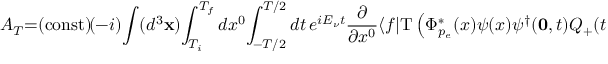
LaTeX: A _ { T } { = } ( \mathrm { c o n s t } ) \! ( - i ) \! \int ( d ^ { 3 } { \bf x } ) \! \int _ { T _ { i } } ^ { T _ { f } } d x ^ { 0 } \! \int _ { - T / 2 } ^ { T / 2 } d t \, e ^ { i E _ { \nu } t } { \frac { \partial } { \partial x ^ { 0 } } } \langle f | \mathrm { T } \left( \Phi _ { p _ { e } } ^ { * } ( x ) \psi ( x ) \psi ^ { \dagger } ( { \bf 0 } , t ) Q _ { + } ( t ) \right) | i \rangle \, ,